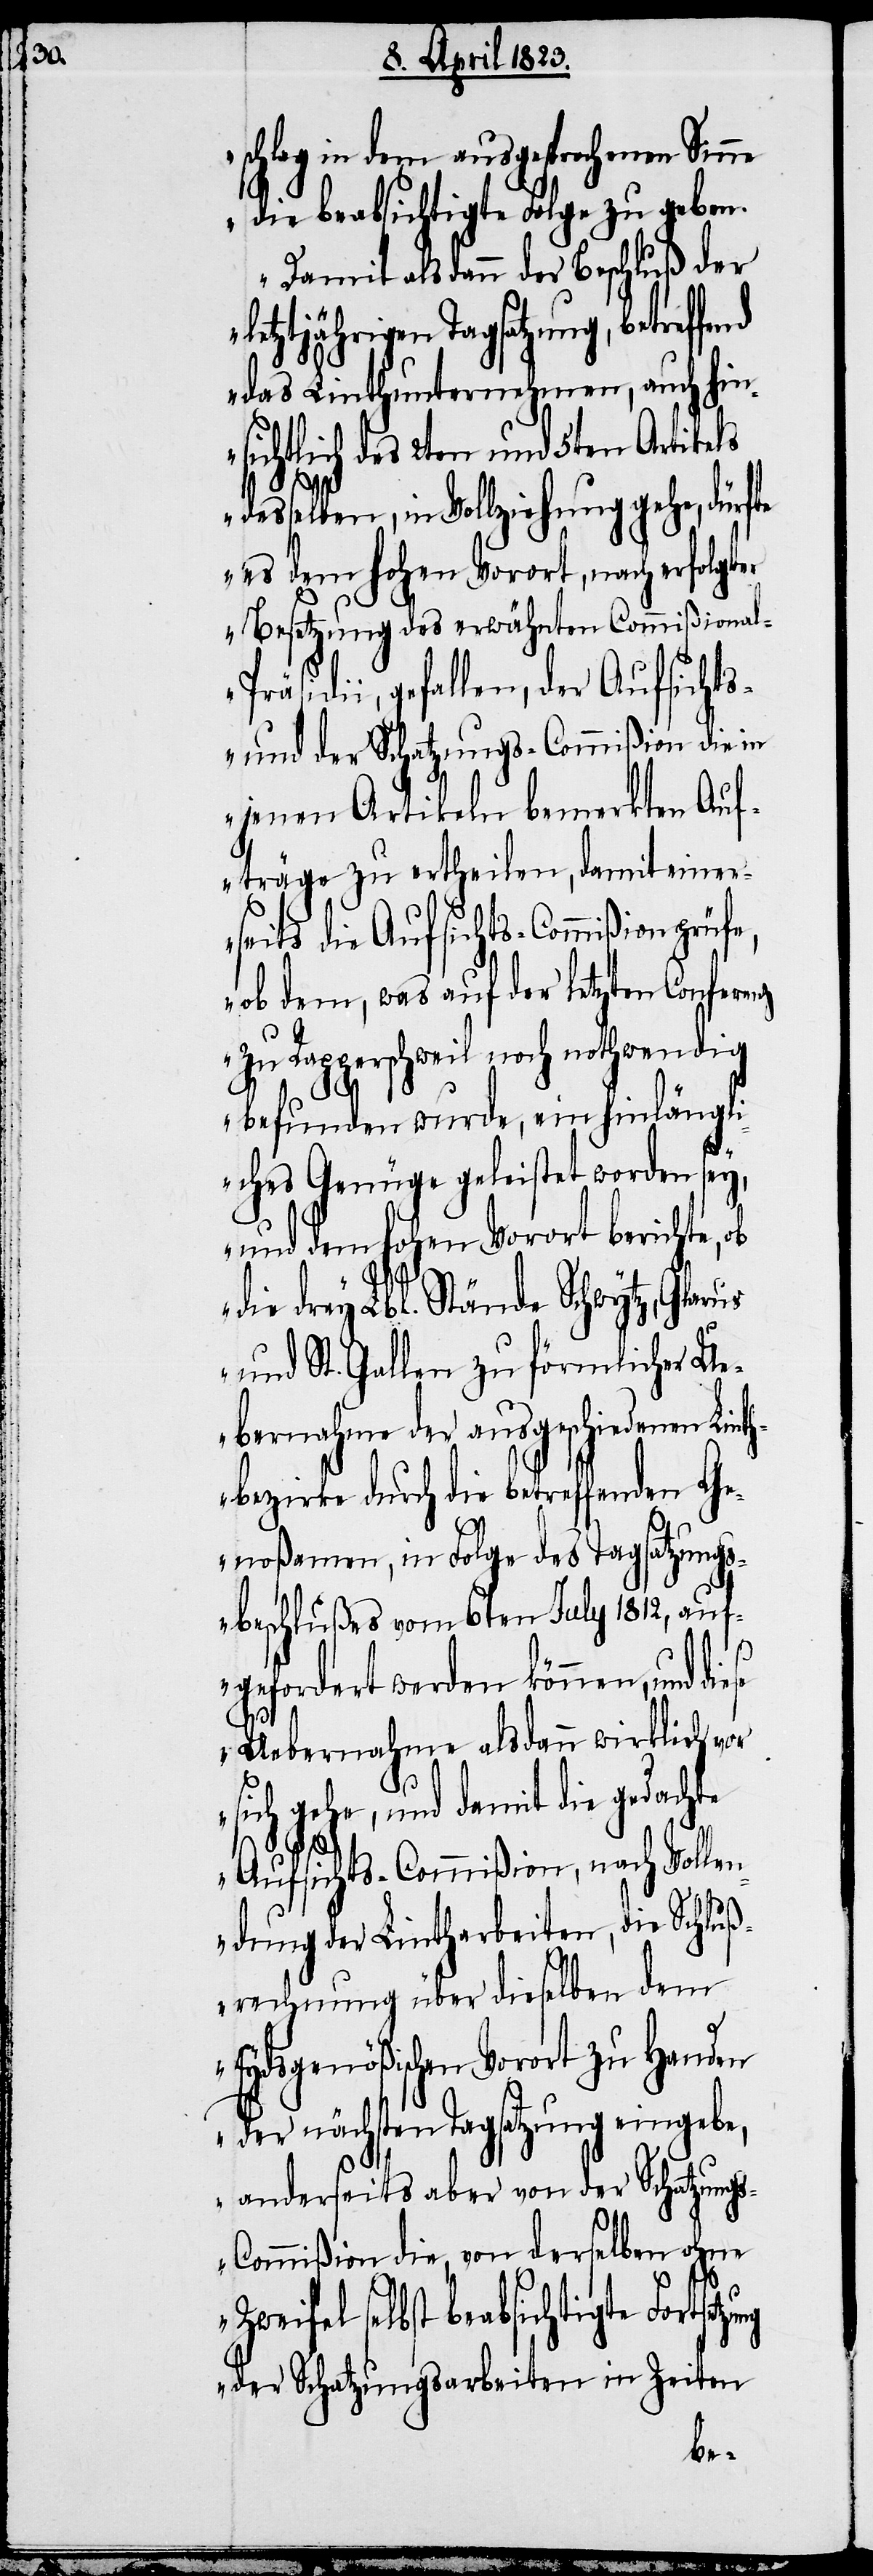
schlag in dem ausgesprochenen Sinne
die beabsichtigte Folge zu geben.
Damit alsdann der Beschluß der
letztjährigen Tagsatzung, betref¬
das Linthunternehmen, auch hin¬
sichtlich des 2ten und 5ten Artikels
tzung
desselben, in Vollziehung gehe, dürfte
es dem hohen Vorort, nach erfolgter
Besetzung des erwähnten Commißional-P¬
räsidii, gefallen, der Aufsichts-
und der Schatzungs-Commißion die in
jenen Artikeln bemerkten Auf¬
träge zu ertheilen, damit einer¬
seits die Aufsichts-Commißion
ob dem, was auf der letzten Conferenz
zu Rapperschweil noch nothwendig
befunden wurde, ein hinlängli¬
ches Genüge geleistet worden sey,
und dem hohen Vorort berichte, ob
die drey Lbl. Stände Schwytz, Glarus
und St. Gallen zu förmlicher Ue¬
bernahme der ausgeschiedenen Lin¬
hbezirke durch die betreffenden Ge¬
noßamen, in Folge des Tagsatzung¬
sbeschlußes vom 6ten July 1812, auf¬
gefordert werden können, und di¬
Uebernahme alsdann wirklich vor
sich gehe, und damit die gedachte
Aufsichts-Commißion, nach Vollen¬
dung der Lintharbeiten, die Schluß¬
rechnung über dieselben dem
Eydsgenößischen Vorort zu Handen
der nächsten Tagsatzung eingebe,
anderseits aber von der Schatzung¬
s-Commißion die, von derselben ohne
ese
Zweifel selbst beabsichtigte Fortse¬
der Schatzungsarbeiten in Zeiten
fe¬